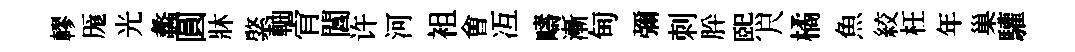
轇厖光蠡圓牀綮軸肻閶许河袓㑹冱疇漸甸彌刺肸熙尺橘魚絞枉年巢驩